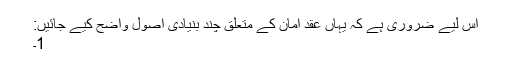
اس لیے ضروری ہے کہ یہاں عقدِ امان کے متعلق چند بنیادی اصول واضح کیے جائیں:
1۔